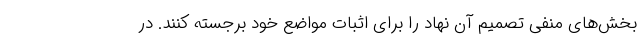
بخش‌های منفی تصمیم آن نهاد را برای اثبات مواضع خود برجسته کنند. در